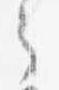
之